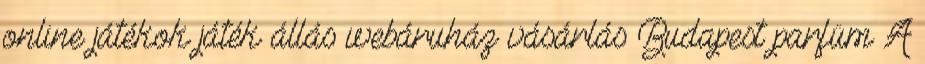
online játékok játék állás webáruház vásárlás Budapest parfüm A